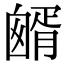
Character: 𦠷